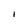
Character: I